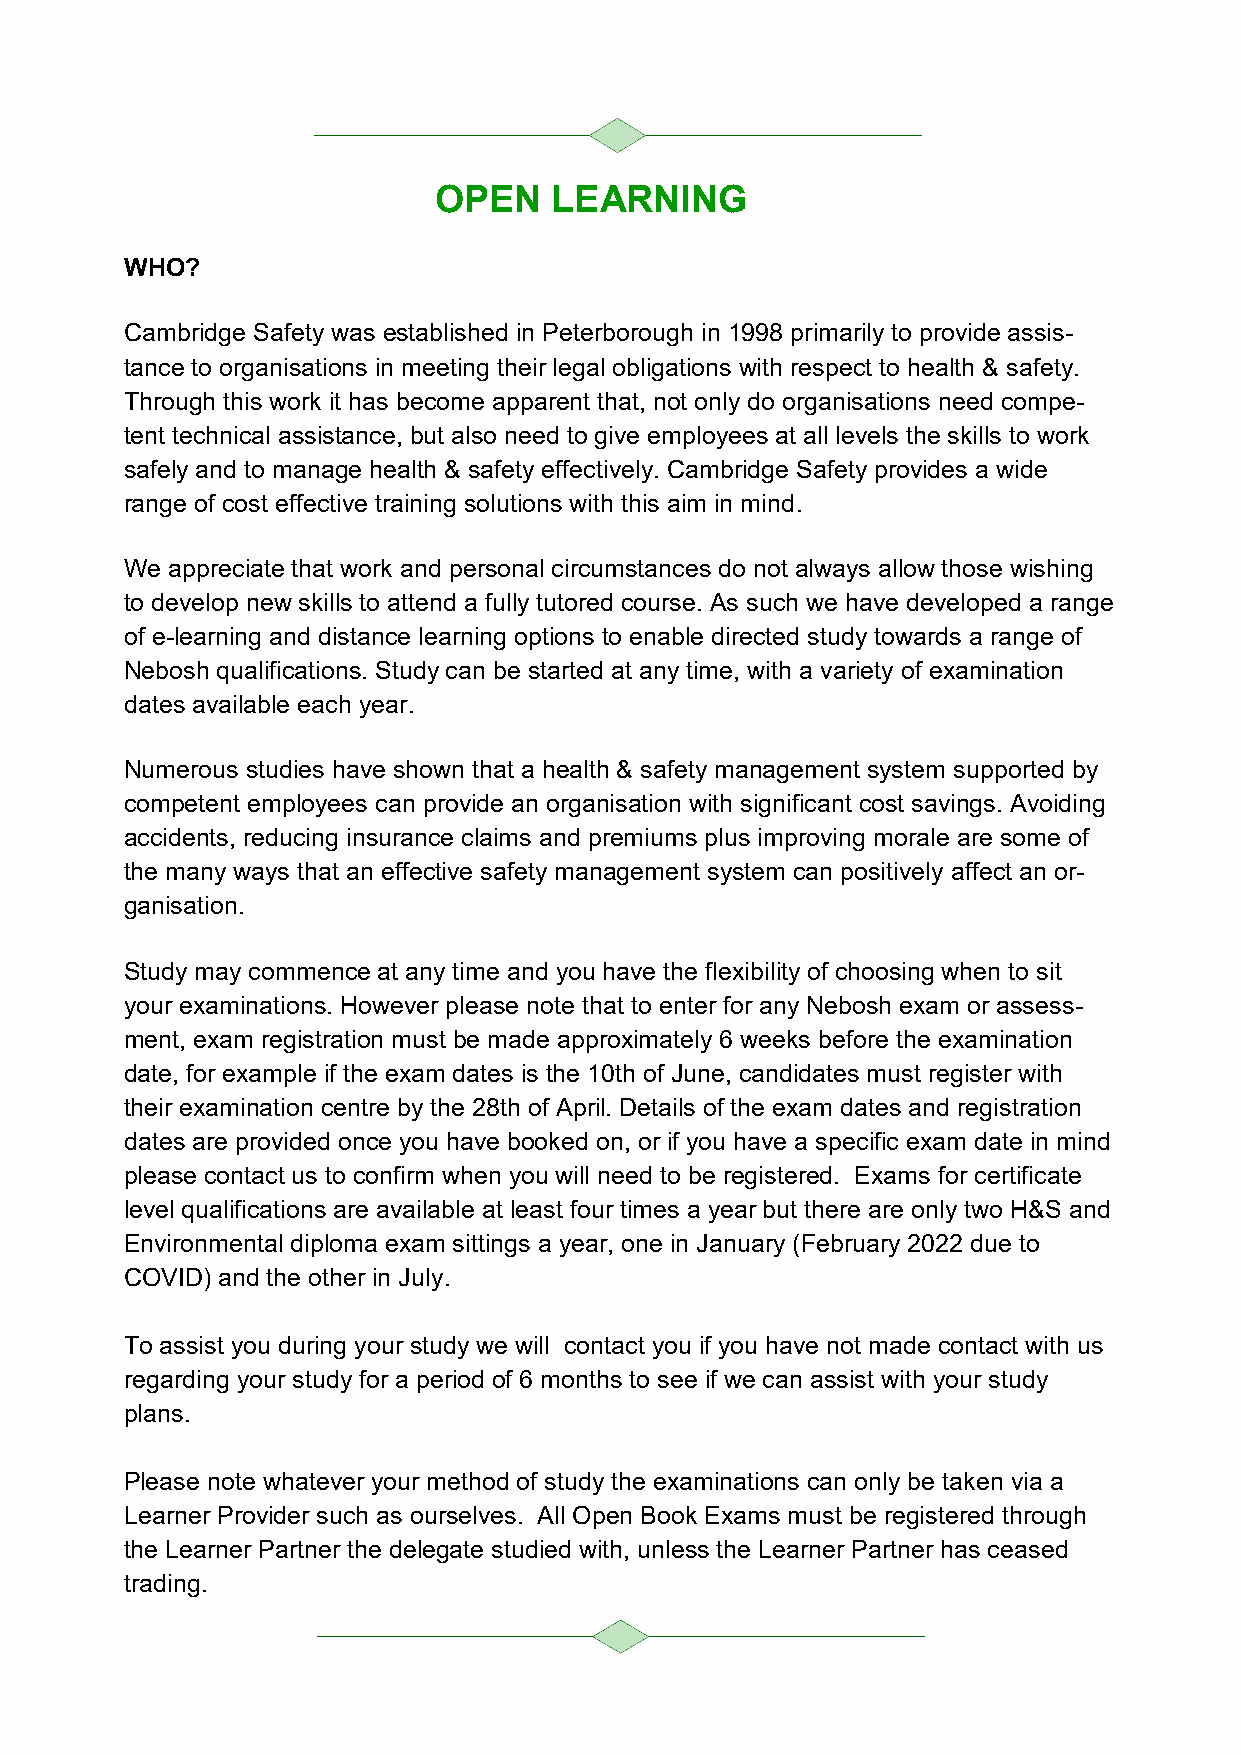
OPEN   LEARNING
 WHO?
 Cambridge Safety was established in Peterborough in 1998 primarily to provide assis-
 tance to organisations in meeting their legal obligations with respect to health & safety.
 Through this work it has become apparent that, not only do organisations need compe-
 tent technical assistance, but also need to give employees at all levels the skills to work
 safely and to manage health & safety effectively. Cambridge Safety provides a wide
 range of cost effective training solutions with this aim in mind.
 We appreciate that work and personal circumstances do not always allow those wishing
 to develop new skills to attend a fully tutored course. As such we have developed a range
 of e-learning and distance learning options to enable directed study towards a range of
 Nebosh qualifications. Study can be started at any time, with a variety of examination
 dates available each year.
 Numerous studies have shown that a health & safety management system supported by
 competent employees can provide an organisation with significant cost savings. Avoiding
 accidents, reducing insurance claims and premiums plus improving morale are some of
 the many ways that an effective safety management system can positively affect an or-
 ganisation.
 Study may commence at any time and you have the flexibility of choosing when to sit
 your examinations. However please note that to enter for any Nebosh exam or assess-
 ment, exam registration must be made approximately 6 weeks before the examination
 date, for example if the exam dates is the 10th of June, candidates must register with
 their examination centre by the 28th of April. Details of the exam dates and registration
 dates are provided once you have booked on, or if you have a specific exam date in mind
 please contact us to confirm when you will need to be registered. Exams for certificate
 level qualifications are available at least four times a year but there are only two H&S and
 Environmental diploma exam sittings a year, one in January (February 2022 due to
 COVID) and the other in July.
 To assist you during your study we will contact you if you have not made contact with us
 regarding your study for a period of 6 months to see if we can assist with your study
 plans.
 Please note whatever your method of study the examinations can only be taken via a
 Learner Provider such as ourselves. All Open Book Exams must be registered through
 the Learner Partner the delegate studied with, unless the Learner Partner has ceased
 trading.